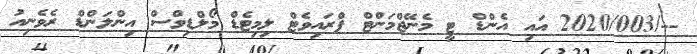
--/2020/003 އައި އެންޑް ޓީ މެނޭޖްމަންޓް ޕްރައިވެޓް ލިމިޓެޑް މޯލްޑިވްސް އިންލަންޑް ރެވެނިއު